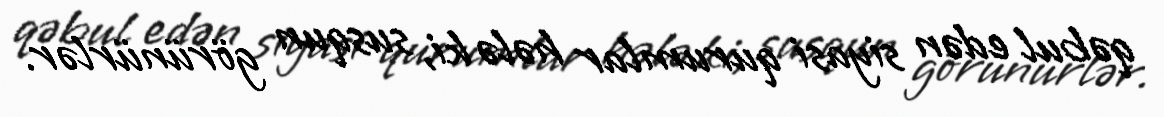
qəbul edən siyasi qurumlar hələ ki, susqun görünürlər.